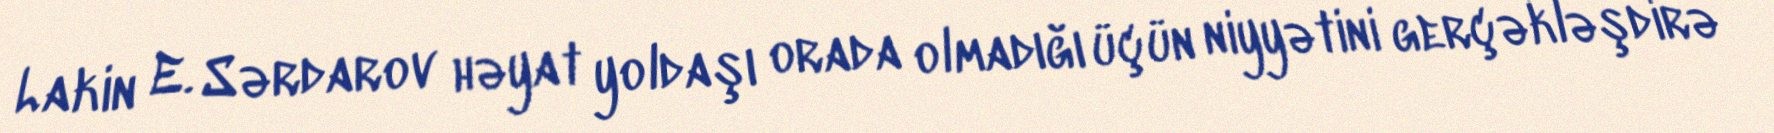
Lakin E. Sərdarov həyat yoldaşı orada olmadığı üçün niyyətini gerçəkləşdirə